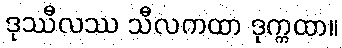
ဒုဿီလဿ သီလကထာ ဒုက္ကထာ။